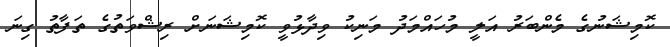
ކޮމިޝަނުގެ މެންބަރު އަލީ މުހައްމަދު މަނިކު ވިދާޅުވީ ކޮމިޝަނަށް ރިޝްވަތުގެ ތަފާތު ގިނަ